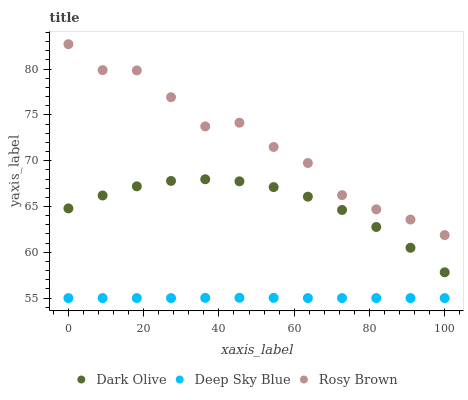
| xaxis_label | Dark Olive | Deep Sky Blue | Rosy Brown |
 | --- | --- | --- | --- |
 | 0 | 64.8 | 55 | 82.7 |
 | 9.09 | 66.2 | 55 | 79.9 |
 | 18.2 | 67.2 | 55 | 79.9 |
 | 27.3 | 67.8 | 55 | 76.9 |
 | 36.4 | 68 | 55 | 73.7 |
 | 45.5 | 67.7 | 55 | 74.1 |
 | 54.5 | 67.1 | 55 | 71.5 |
 | 63.6 | 66.1 | 55 | 69.7 |
 | 72.7 | 64.6 | 55 | 66.2 |
 | 81.8 | 62.8 | 55 | 64.7 |
 | 90.9 | 60.5 | 55 | 63.6 |
 | 100 | 57.8 | 55 | 61.9 |